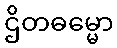
ဌိတဓမ္မော